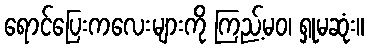
ရောင်ပြေးကလေးများကို ကြည့်မဝ၊ ရှုမဆုံး။